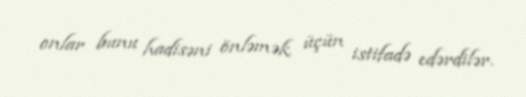
onlar bunu hadisəni önləmək üçün istifadə edərdilər.